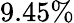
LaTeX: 9.45\%